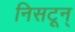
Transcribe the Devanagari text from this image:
निसटून्